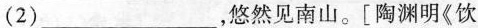
(2)___，悠然见南山。[陶渊明《饮